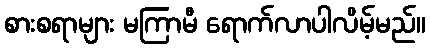
စားစရာများ မကြာမီ ရောက်လာပါလိမ့်မည်။